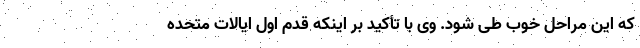
که این مراحل خوب طی شود. وی با تأکید بر اینکه قدم اول ایالات متحده